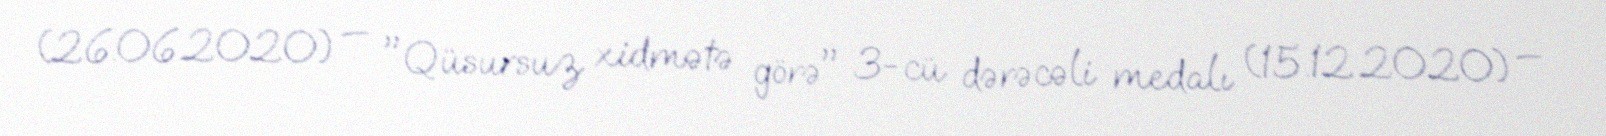
(26.06.2020) — "Qüsursuz xidmətə görə" 3-cü dərəcəli medalı (15.12.2020) —